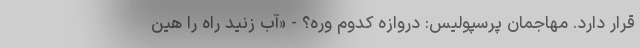
قرار دارد. مهاجمان پرسپولیس: دروازه کدوم وره؟ - «آب زنید راه را هین